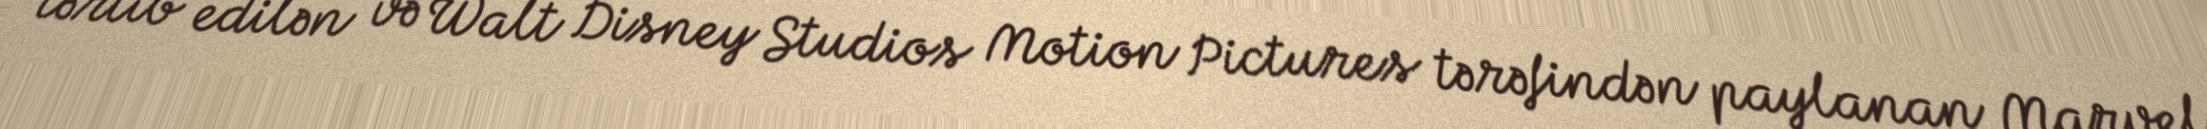
tərtib edilən və Walt Disney Studios Motion Pictures tərəfindən paylanan Marvel